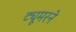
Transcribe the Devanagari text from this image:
ट्यूमरने